Lui_Olesk, lk 15
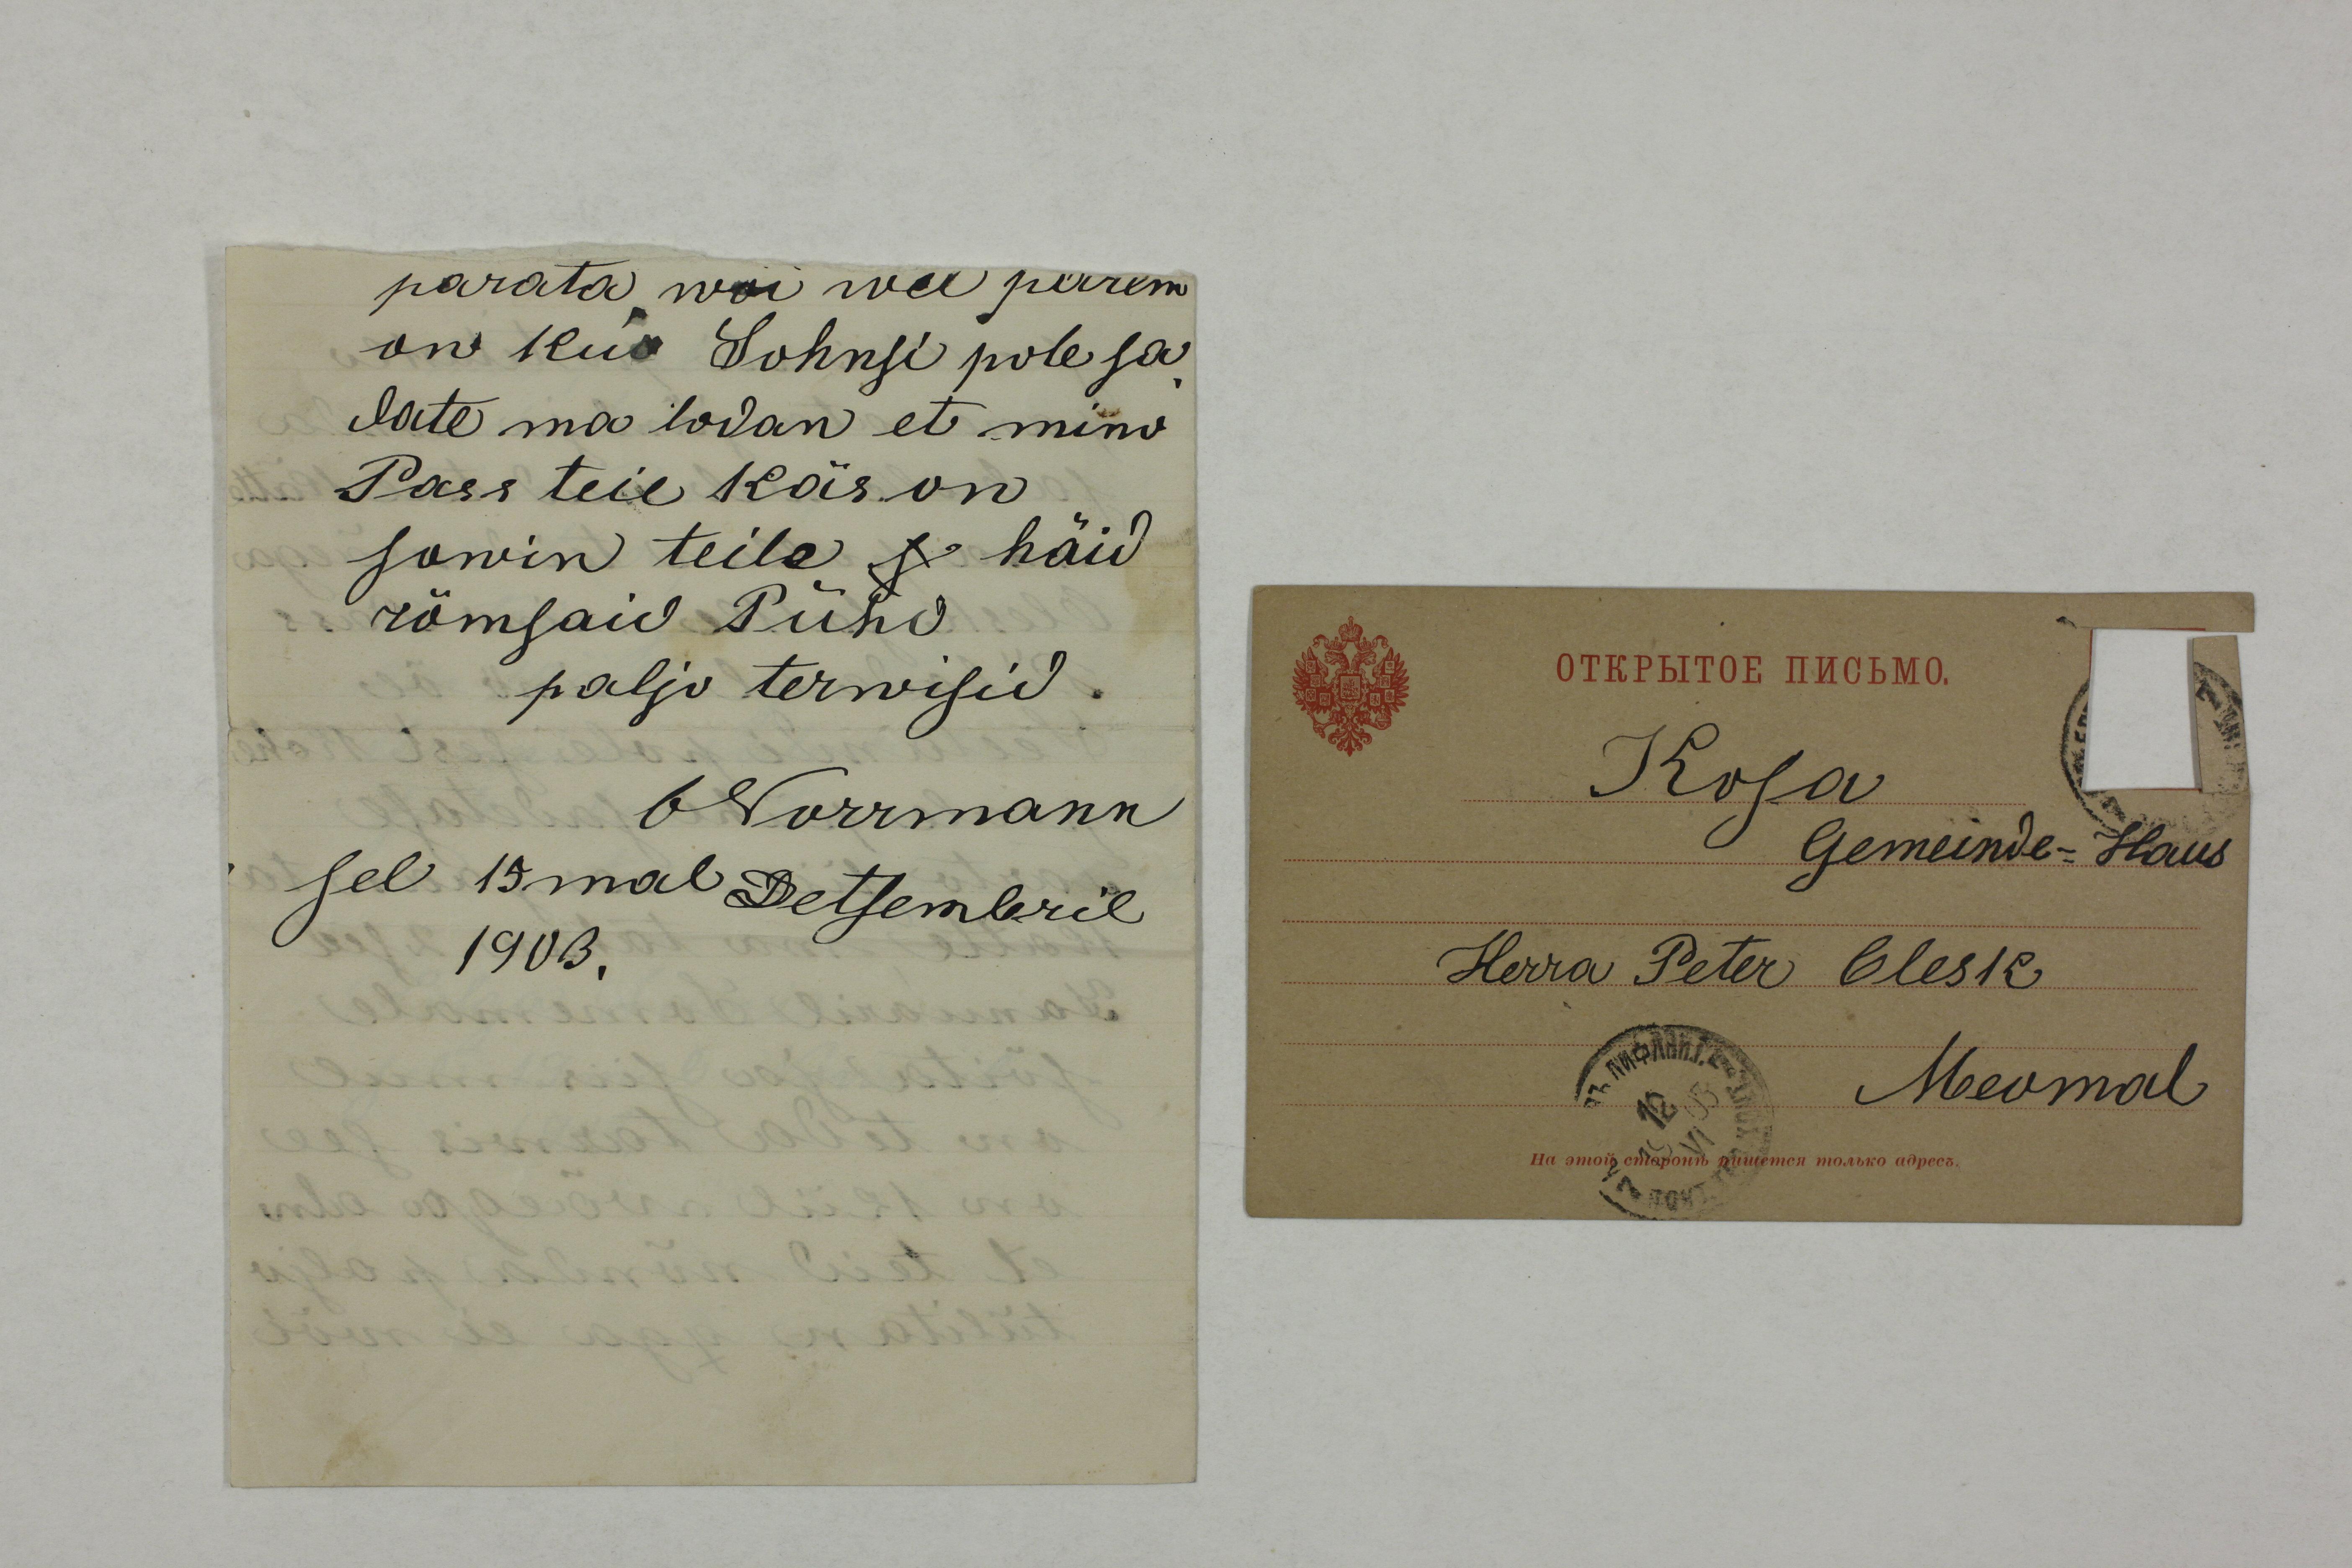
parata woi wel parem
on kui Sohnsi pole sa-
date ma lodan et mino
Pass teie käs on
sowin teile s häid
rõmsaid Pühi
paljo terwisid.
ONorrmann
sel 19mal Detsembril
1903.